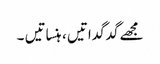
مجھے گدگداتیں ، ہنساتیں ۔